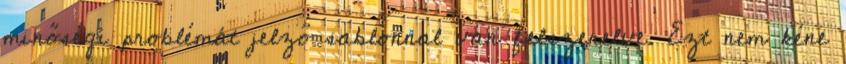
minőségi problémát jelző sablonnal van felszerelve. Ezt nem kéne